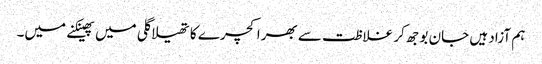
ہم آزاد ہیں جان بوجھ کر غلاظت سے بھرا کچرے کا تھیلا گلی میں پھینکنے میں۔